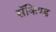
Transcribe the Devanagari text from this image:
सॅकिण्ड